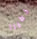
خطيرا